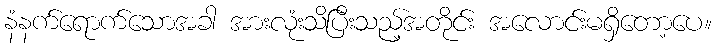
နံနက်ရောက်သောအခါ အားလုံးသိပြီးသည့်အတိုင်း အလောင်းမရှိတော့ပေ။